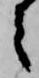
之